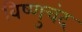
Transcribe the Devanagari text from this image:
विष्णुचंद